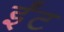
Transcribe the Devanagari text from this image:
र्इंट